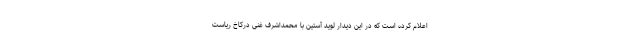
اعلام کرده است که در این دیدار لوید آستین با محمداشرف غنی درکاخ ریاست